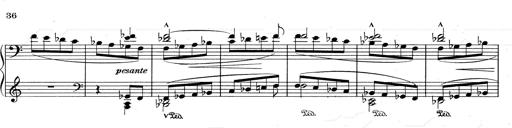
Title: RÃ©miniscences de Don Juan
Composer: Franz Liszt